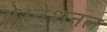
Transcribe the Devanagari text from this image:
थे।नेशनल